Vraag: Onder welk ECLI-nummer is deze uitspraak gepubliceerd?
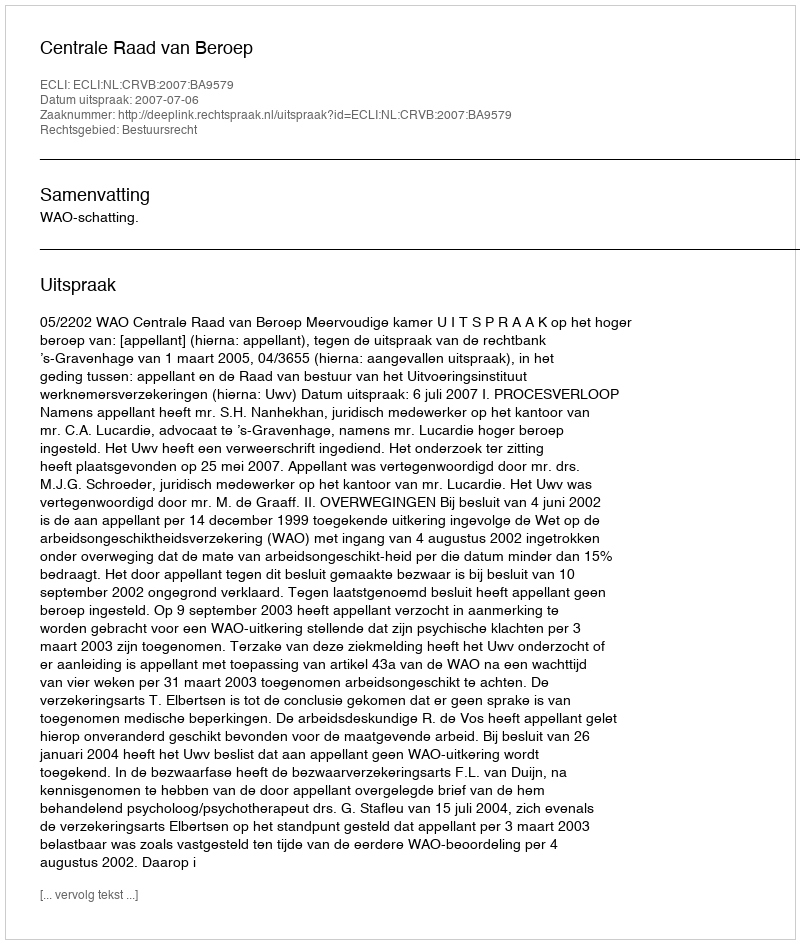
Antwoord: ECLI:NL:CRVB:2007:BA9579